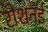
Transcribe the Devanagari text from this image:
रोशनई